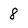
Character: 8